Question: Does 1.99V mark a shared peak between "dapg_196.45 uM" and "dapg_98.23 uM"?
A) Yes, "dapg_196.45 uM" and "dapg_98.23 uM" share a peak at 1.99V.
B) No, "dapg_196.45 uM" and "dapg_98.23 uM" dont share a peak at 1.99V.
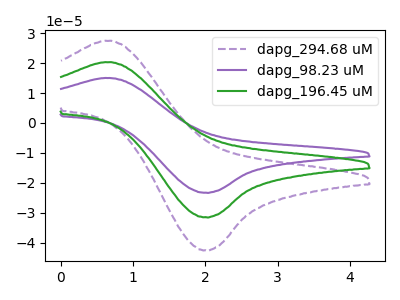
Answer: <think>The purple dashed curve "dapg_294.68 uM" has an anodic peak at (0.70V, 40.65uA) and a cathodic peak at (2.00V, -62.95uA). The purple curve "dapg_98.23 uM" has an anodic peak at (0.70V, 15.05uA) and a cathodic peak at (2.00V, -23.30uA). The green curve "dapg_196.45 uM" has an anodic peak at (0.70V, 20.30uA) and a cathodic peak at (2.00V, -31.45uA).</think>
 <answer>A) Yes, "dapg_196.45 uM" and "dapg_98.23 uM" share a peak at 1.99V.</answer>
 <eval>A</eval>